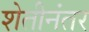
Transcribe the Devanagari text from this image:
शेतीनंतर